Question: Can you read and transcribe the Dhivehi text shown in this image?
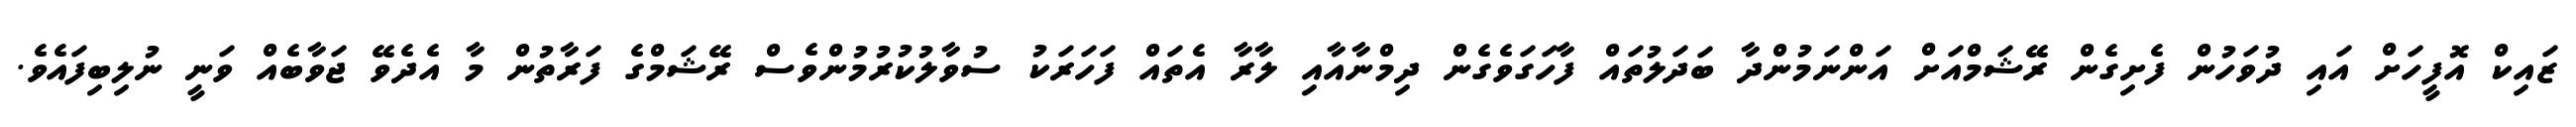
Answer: ޒައިކް އޮފީހަށް އައި ދުވަހުން ފެށިގެން ރޭޝަމްއަށް އަންނަމުންދާ ބަދަލުތައް ފާހަގަވެގެން ދިމްނާއާއި ލާރާ އެތައް ފަހަރަކު ސުވާލުކުރުމުންވެސް ރޭޝަމްގެ ފަރާތުން މާ އެދެވޭ ޖަވާބެއް ވަނީ ނުލިބިފައެވެ.